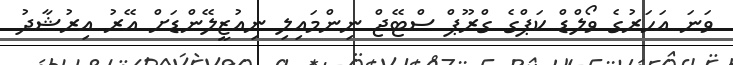
ވަނަ އަހަރުގެ ވޯލްޑް ކަޕްގެ ގްރޫޕް ސްޓޭޖް ނިންމައިލި ނިއުޒީލޭންޑަށް އޭރު އިރުޝާދު